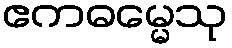
ဧကဓမ္မေသု